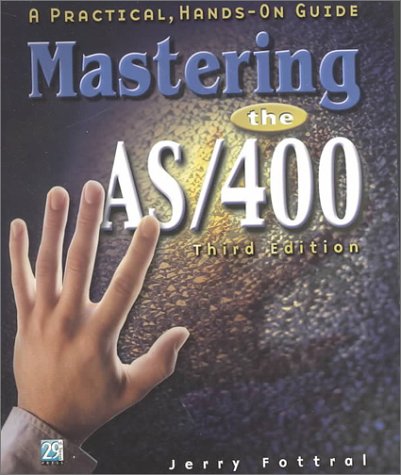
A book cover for Mastering the AS/400: A Practical Hands-On Guide, Third Edition; Jerry Fottral; Computers & Technology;